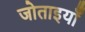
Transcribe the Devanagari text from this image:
जोताइयाँ